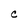
Character: C